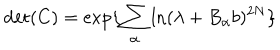
\det ( C ) = \exp \{ \sum _ { \alpha } \ln ( \lambda + B _ { \alpha } b ) ^ { 2 N } \}